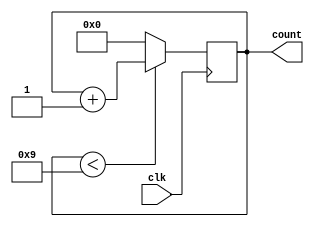
module decade_counter(input clk,
                      output reg [3:0]count
                      );
                      
         always @(posedge clk) begin
            if (count < 9)
                count = count + 1;
            else
                count = 0;
         end
         
endmodule